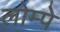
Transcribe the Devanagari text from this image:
लोम्पे